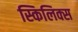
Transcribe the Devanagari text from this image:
स्किलिक्स